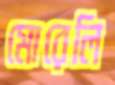
মোরেলি